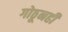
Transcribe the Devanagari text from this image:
गोठूनही